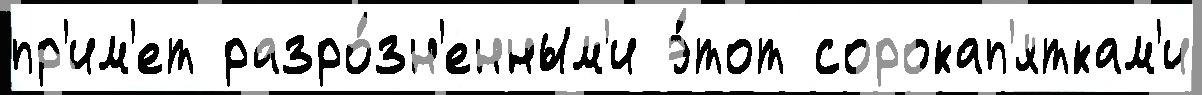
пр'им'ет разро́зн'енным'и э́тот сорокап'яткам'и